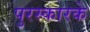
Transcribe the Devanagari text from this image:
पुरस्कारके